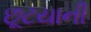
છૂટયાની